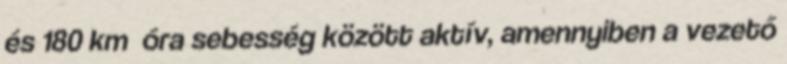
és 180 km óra sebesség között aktív, amennyiben a vezető